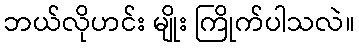
ဘယ်လိုဟင်း မျိုး ကြိုက်ပါသလဲ။